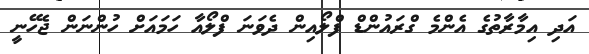
އަދި އިމާރާތުގެ އެންމެ ގްރައުންޑް ފްލޯއިން ދެވަނަ ފްލޯއާ ހަމައަށް ހުންނަން ޖެހޭނީ